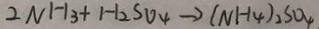
2 N H _ { 3 } + H _ { 2 } S O _ { 4 } \rightarrow ( N H _ { 4 } ) _ { 2 } S O _ { 4 }